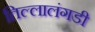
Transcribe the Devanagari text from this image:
तिल्लालंगडी